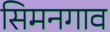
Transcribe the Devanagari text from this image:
सिमनगाव